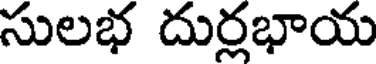
సులభ దుర్లభాయ